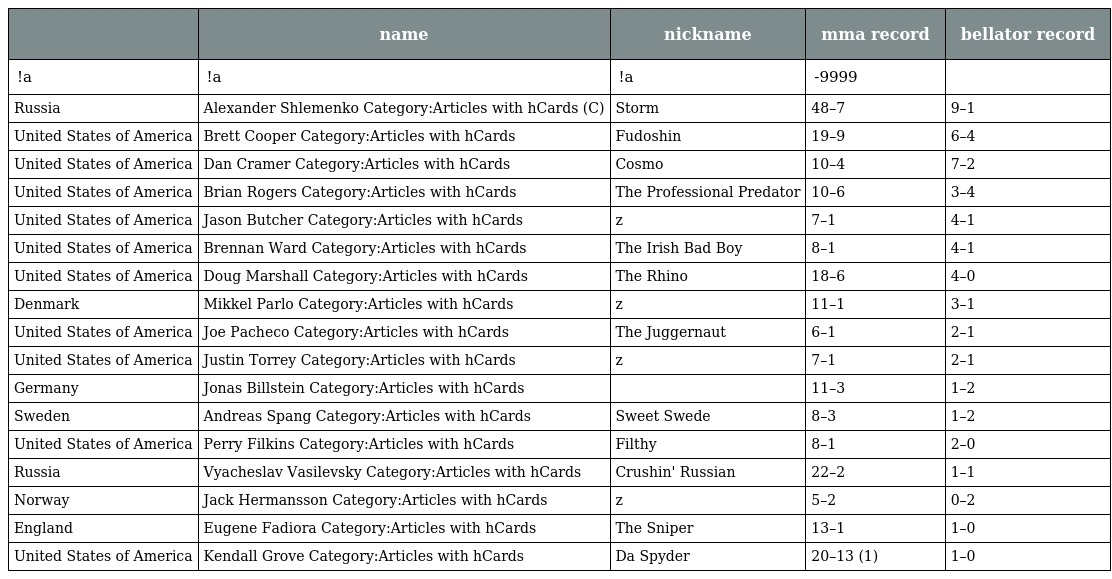
|  | name | nickname | mma record | bellator record |
 | --- | --- | --- | --- | --- |
 | !a | !a | !a | -9999 |  |
 | Russia | Alexander Shlemenko Category:Articles with hCards (C) | Storm | 48–7 | 9–1 |
 | United States of America | Brett Cooper Category:Articles with hCards | Fudoshin | 19–9 | 6–4 |
 | United States of America | Dan Cramer Category:Articles with hCards | Cosmo | 10–4 | 7–2 |
 | United States of America | Brian Rogers Category:Articles with hCards | The Professional Predator | 10–6 | 3–4 |
 | United States of America | Jason Butcher Category:Articles with hCards | z | 7–1 | 4–1 |
 | United States of America | Brennan Ward Category:Articles with hCards | The Irish Bad Boy | 8–1 | 4–1 |
 | United States of America | Doug Marshall Category:Articles with hCards | The Rhino | 18–6 | 4–0 |
 | Denmark | Mikkel Parlo Category:Articles with hCards | z | 11–1 | 3–1 |
 | United States of America | Joe Pacheco Category:Articles with hCards | The Juggernaut | 6–1 | 2–1 |
 | United States of America | Justin Torrey Category:Articles with hCards | z | 7–1 | 2–1 |
 | Germany | Jonas Billstein Category:Articles with hCards |  | 11–3 | 1–2 |
 | Sweden | Andreas Spang Category:Articles with hCards | Sweet Swede | 8–3 | 1–2 |
 | United States of America | Perry Filkins Category:Articles with hCards | Filthy | 8–1 | 2–0 |
 | Russia | Vyacheslav Vasilevsky Category:Articles with hCards | Crushin' Russian | 22–2 | 1–1 |
 | Norway | Jack Hermansson Category:Articles with hCards | z | 5–2 | 0–2 |
 | England | Eugene Fadiora Category:Articles with hCards | The Sniper | 13–1 | 1–0 |
 | United States of America | Kendall Grove Category:Articles with hCards | Da Spyder | 20–13 (1) | 1–0 |